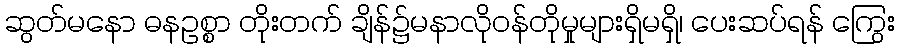
ဆွတ်မနော ဓနဥစ္စာ တိုးတက် ချိန်၌မနာလိုဝန်တိုမှုများရှိမရှိ၊ ပေးဆပ်ရန် ကြွေး